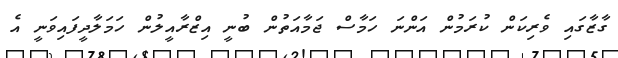
ގާޒާގައި ވެރިކަން ކުރަމުން އަންނަ ހަމާސް ޖަމާއަތުން ބުނީ އިޒްރާއީލުން ހަމަލާދީފައިވަނީ އެ